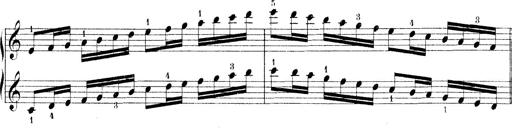
Title: Technische Studien
Composer: Franz Liszt